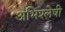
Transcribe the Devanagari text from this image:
अभिश्लेषी